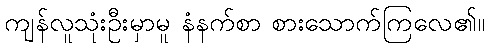
ကျန်လူသုံးဦးမှာမူ နံနက်စာ စားသောက်ကြလေ၏။